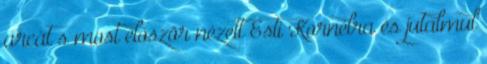
arcát s most először nézett Esti Kornélra és jutalmul